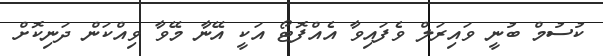
ކުސުމް ބުނީ ވައިރަލް ވެފައިވާ އެއްފޮޓޯ އަކީ އޭނާ މޭވާ ވިއްކަން ދަނިކޮށް